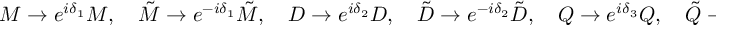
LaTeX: { \cal M } \to e ^ { i \delta _ { 1 } } { \cal M } , \quad \tilde { \cal M } \to e ^ { - i \delta _ { 1 } } \tilde { \cal M } , \quad { \cal D } \to e ^ { i \delta _ { 2 } } { \cal D } , \quad \tilde { \cal D } \to e ^ { - i \delta _ { 2 } } \tilde { \cal D } , \quad { \cal Q } \to e ^ { i \delta _ { 3 } } { \cal Q } , \quad \tilde { \cal Q } \to e ^ { - i \delta _ { 3 } } \tilde { \cal Q } , \quad